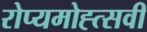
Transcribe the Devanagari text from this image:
रोप्यमोह्त्सवी